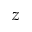
z